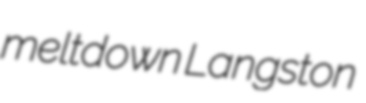
meltdown Langston